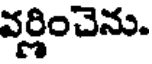
వర్ణించెను.